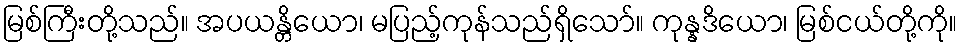
မြစ်ကြီးတို့သည်။ အပယန္တိယော၊ မပြည့်ကုန်သည်ရှိသော်။ ကုန္နဒိယော၊ မြစ်ငယ်တို့ကို။